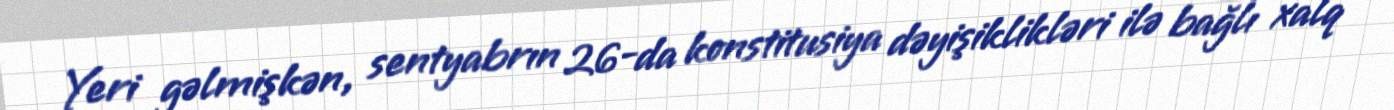
Yeri gəlmişkən, sentyabrın 26-da konstitusiya dəyişiklikləri ilə bağlı xalq